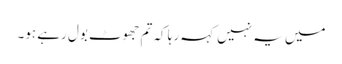
میں یہ نہیں کہہ رہا کہ تم جھوٹ بول رہے ہو۔